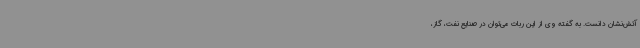
آتش‌نشان دانست. به گفته وی از این ربات می‌توان در صنایع نفت، گاز،